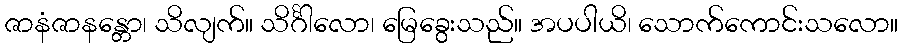
ဇာနံဇာနန္တော၊ သိလျက်။ သိင်္ဂါလော၊ မြေခွေးသည်။ အပပါယိ၊ သောက်ကောင်းသလော။